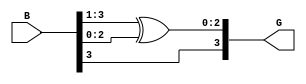
module bin2gray ( B ,G );

input [3:0] B ;
wire [3:0] B ;

output [3:0] G ;
wire [3:0] G ;

assign G[3] = B[3];
assign G[2:0] = B[3:1] ^ B[2:0];

endmodule